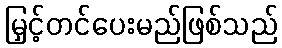
မြှင့်တင်ပေးမည်ဖြစ်သည်